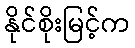
နိုင်စိုးမြင့်က